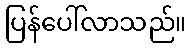
ပြန်ပေါ်လာသည်။